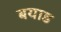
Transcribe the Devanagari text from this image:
बयाड